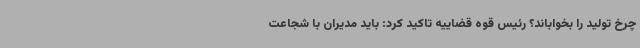
چرخ تولید را بخواباند؟ رئیس قوه قضاییه تاکید کرد: باید مدیران با شجاعت